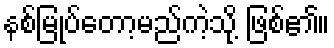
နစ်မြုပ်တော့မည်ကဲ့သို့ ဖြစ်၏။